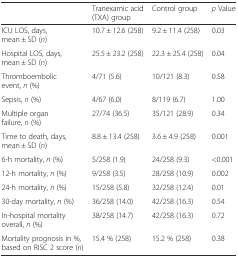
|  | Tranexamic acid (TXA) group | Control group | p Value |
 | --- | --- | --- | --- |
 | ICU LOS, days, mean ± SD (n) | 10.7 ± 12.6 (258) | 9.2 ± 11.4 (258) | 0.03 |
 | Hospital LOS, days, mean ± SD (n) | 25.5 ± 23.2 (258) | 22.3 ± 25.4 (258) | 0.04 |
 | Thromboembolic event, n (%) | 4/71 (5.6) | 10/121 (8.3) | 0.58 |
 | Sepsis, n (%) | 4/67 (6.0) | 8/119 (6.7) | 1.00 |
 | Multiple organ failure, n (%) | 27/74 (36.5) | 35/121 (28.9) | 0.34 |
 | Time to death, days, mean ± SD (n) | 8.8 ± 13.4 (258) | 3.6 ± 4.9 (258) | 0.001 |
 | 6-h mortality, n (%) | 5/258 (1.9) | 24/258 (9.3) | <0.001 |
 | 12-h mortality, n (%) | 9/258 (3.5) | 28/258 (10.9) | 0.002 |
 | 24-h mortality, n (%) | 15/258 (5.8) | 32/258 (12.4) | 0.01 |
 | 30-day mortality, n (%) | 36/258 (14.0) | 42/258 (16.3) | 0.54 |
 | In-hospital mortality overall, n (%) | 38/258 (14.7) | 42/258 (16.3) | 0.72 |
 | Mortality prognosis in %, based on RISC 2 score (n) | 15.4 % (258) | 15.2 % (258) | 0.38 |